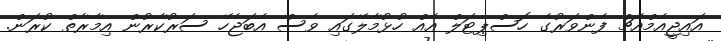
އައިޖީއެމްއެޗް ފެންވަރުގެ ހޮސްޕިޓަލް އެެއް ހުޅުމާލޭގައި ވެސް އެބަޖެހޭ ސަރުކާރުން އިމާރާތް ކުރަން.